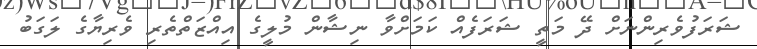
ޝަރަފުވެރިންނަށް ދޭ މަތީ ޝަރަފެއް ކަމަށްވާ ނިޝާން މުލީގެ އިއްޒަތްތެރި ވެރިޔާގެ ލަގަބު